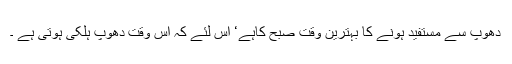
دھوپ سے مستفید ہونے کا بہترین وقت صبح کاہے‘ اس لئے کہ اس وقت دھوپ ہلکی ہوتی ہے ۔